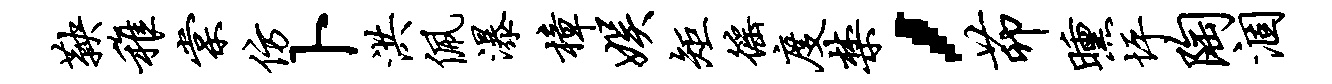
鞅稚棠仿卜洪佩瀑樟娱矩徭度禁，茆曛坪陶涸